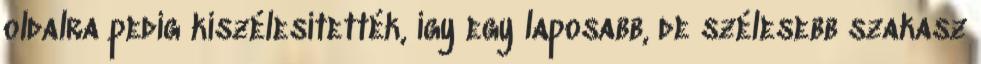
oldalra pedig kiszélesítették, így egy laposabb, de szélesebb szakasz